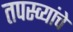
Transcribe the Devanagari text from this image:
तपस्व्यांचे